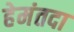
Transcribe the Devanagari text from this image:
हेमंतदा